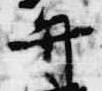
弁